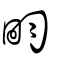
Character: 畇